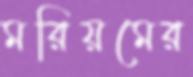
মরিয়মের